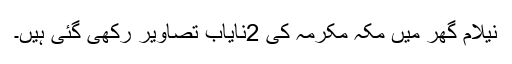
نیلام گھر میں مکہ مکرمہ کی 2نایاب تصاویر رکھی گئی ہیں۔